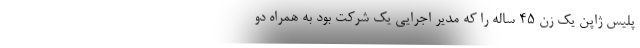
پلیس ژاپن یک زن ۴۵ ساله را که مدیر اجرایی یک شرکت بود به همراه دو